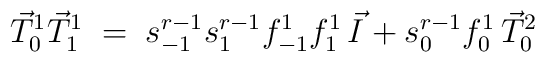
\vec{T}_0^1\vec{T}_1^1\;=\;s_{-1}^{r-1}s_{1}^{r-1}f_{-1}^1f_{1}^1\,\vec{I}+s_0^{r-1}f_0^1\,\vec{T}_0^2